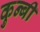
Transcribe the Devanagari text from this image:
कुन्बी